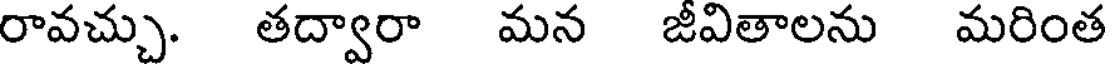
రావచ్చు. తద్వారా మన జీవితాలను మరింత